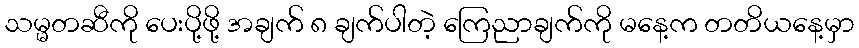
သမ္မတဆီကို ပေးပို့ဖို့ အချက် ၈ ချက်ပါတဲ့ ကြေညာချက်ကို မနေ့က တတိယနေ့မှာ